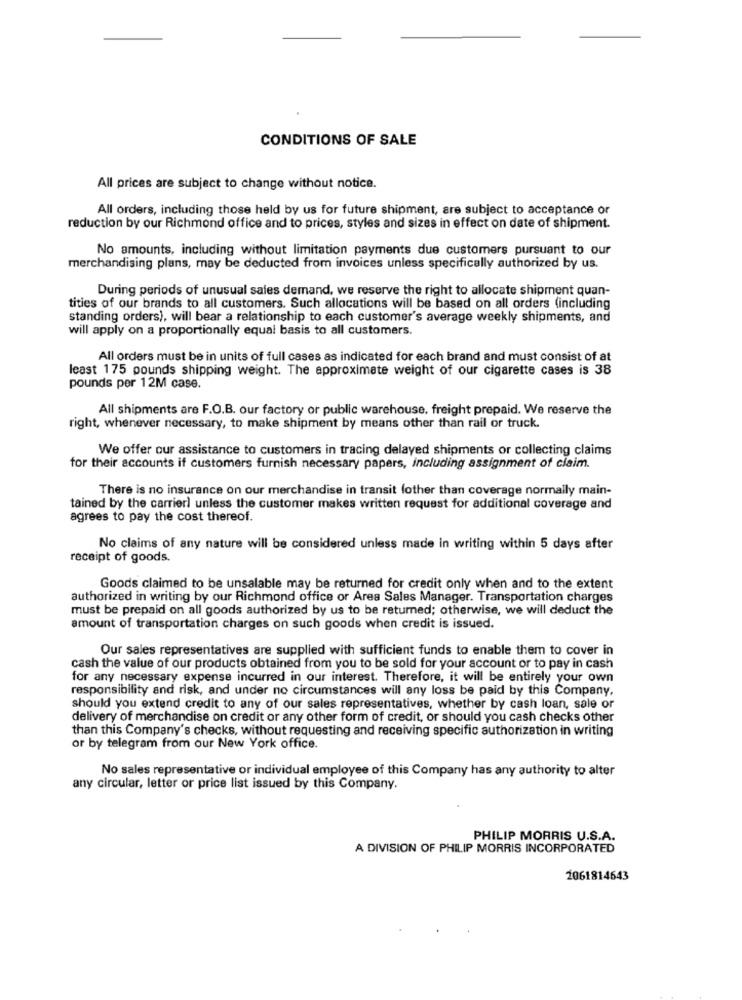
CONDITIONS OF SALE
All prices are subject to change without notice.
All orders, including those held by us for future shipment, are subject to acceptance or
reduction by our Richmond office and to prices, styles and sizes in effect on date of shipment.
No amounts, including without limitation payments due customers pursuant to our
merchandising plans, may be deducted from invoices unless specifically authorized by us.
During periods of unusual sales demand, we reserve the right to allocate shipment quan-
tities of our brands to all customers. Such allocations will be based on all orders (including
standing orders), will bear a relationship to each customer's average weekly shipments, and
will apply on a proportionally equal basis to all customers.
All orders must be in units of full cases as indicated for each brand and must consist of at
least 175 pounds shipping weight. The approximate weight of our cigarette cases is 38
pounds per 12M case.
All shipments are F.O.B. our factory or public warehouse, freight prepaid. We reserve the
right, whenever necessary, to make shipment by means other than rail or truck.
We offer our assistance to customers in tracing delayed shipments or collecting claims
for their accounts if customers furnish necessary papers, including assignment of claim.
There is no insurance on our merchandise in transit fother than coverage normally main-
tained by the carrierl unless the customer makes written request for additional coverage and
agrees to pay the cost thereof.
No claims of any nature will be considered unless made in writing within 5 days after
receipt of goods.
Goods claimed to be unsalable may be returned for credit only when and to the extent
authorized in writing by our Richmond office or Area Sales Manager. Transportation charges
must be prepaid on all goods authorized by us to be returned; otherwise, we will deduct the
amount of transportation charges on such goods when credit is issued.
Our sales representatives are supplied with sufficient funds to enable them to cover in
cash the value of our products obtained from you to be sold for your account or to pay in cash
for any necessary expense incurred in our interest. Therefore, it will be entirely your own
responsibility and risk, and under no circumstances will any loss be paid by this Company.
should you extend credit to any of our sales representatives, whether by cash loan, sale or
delivery of merchandise on credit or any other form of credit, or should you cash checks other
than this Company's checks, without requesting and receiving specific authorization in writing
or by telegram from our New York office.
No sales representative or individual employee of this Company has any authority to alter
any circular, letter or price list issued by this Company.
PHILIP MORRIS U.S.A.
A DIVISION OF PHILIP MORRIS INCORPORATED
2061814643